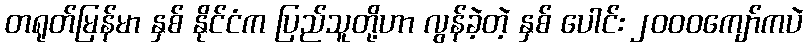
တရုတ်မြန်မာ နှစ် နိုင်ငံက ပြည်သူတို့ဟာ လွန်ခဲ့တဲ့ နှစ် ပေါင်း ၂၀၀၀ကျော်ကပဲ